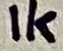
Text: 1K